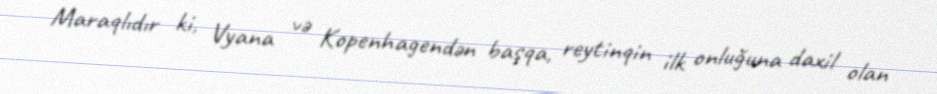
Maraqlıdır ki, Vyana və Kopenhagendən başqa, reytinqin ilk onluğuna daxil olan